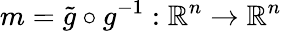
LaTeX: m=\widetilde{g}\circ g^{-1}:\mathbb{R}^{n}\to\mathbb{R}^{n}